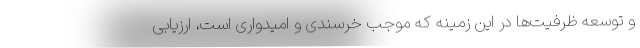
و توسعه ظرفیت‌ها در این زمینه که موجب خرسندی و امیدواری است، ارزیابی